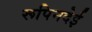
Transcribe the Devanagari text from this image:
रूपिनदेई